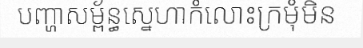
បញ្ហាសម្ព័ន្ធស្នេហាកំលោះក្រមុំមិន